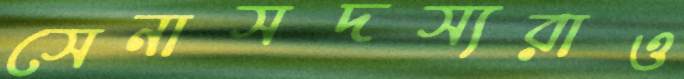
সেনাসদস্যরাও